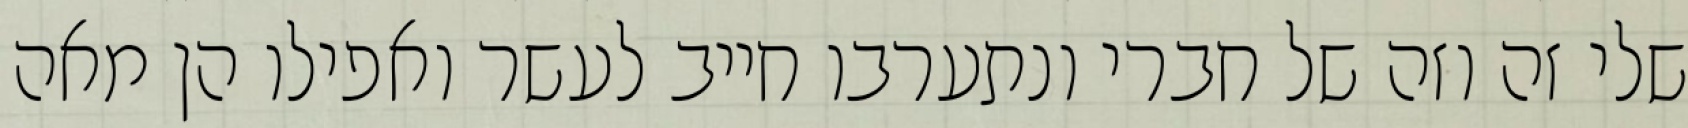
שלי זה וזה של חברי ונתערבו חייב לעשר ואפילו הן מאה